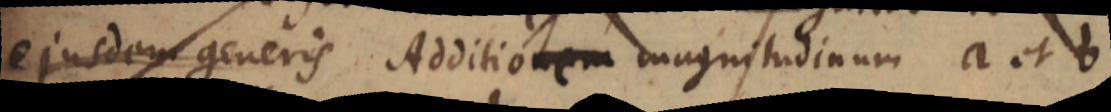
ejusdem generis Additionem magnitudinum a et b